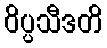
ဝိပ္ပသီဒတိ